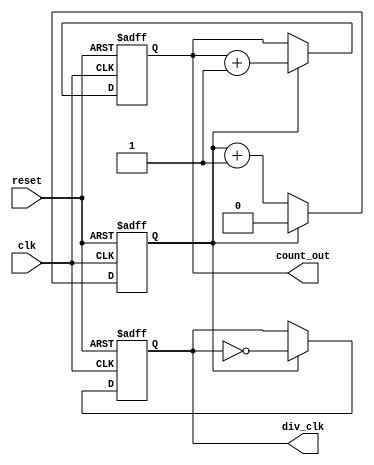
module frequency_divider_counter #(
    parameter N = 2  // Division factor, default to 2
)(
    input wire clk,          // Input clock
    input wire reset,        // Asynchronous reset
    output reg div_clk,      // Divided output clock
    output reg [$clog2(N)-1:0] count_out  // Count of divisions
);

    reg [$clog2(N)-1:0] count; // Internal counter

    // Asynchronous reset and clock division logic
    always @(posedge clk or posedge reset) begin
        if (reset) begin
            count <= 0;       // Reset the counter
            div_clk <= 0;     // Reset divided clock
            count_out <= 0;   // Reset count output
        end else begin
            if (N > 1) begin
                count <= count + 1; // Increment the counter

                if (count == N - 1) begin
                    div_clk <= ~div_clk; // Toggle output clock
                    count_out <= count_out + 1; // Increment output count
                    count <= 0; // Reset counter
                end
            end else if (N == 1) begin
                div_clk <= clk; // Output clock mirrors input clock
                count_out <= count_out + 1; // Increment output count
            end
            // Note: No behavior is defined for N < 1, so it is ignored
        end
    end

endmodule